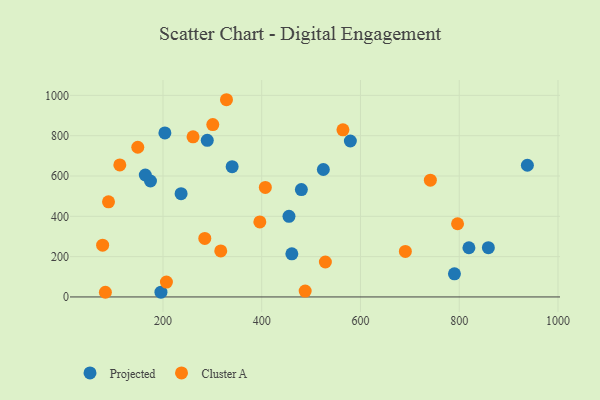
{"axis": {"x": "Ad Spend", "y": "Sales"}, "legend": ["Cluster A", "Projected"], "data": [{"x": "480.3", "y": 532.8, "type": "Projected"}, {"x": "289.7", "y": 777.2, "type": "Projected"}, {"x": "195.9", "y": 23.5, "type": "Projected"}, {"x": "340.1", "y": 646.1, "type": "Projected"}, {"x": "203.9", "y": 813.7, "type": "Projected"}, {"x": "174.7", "y": 575.2, "type": "Projected"}, {"x": "790.3", "y": 114.5, "type": "Projected"}, {"x": "461.0", "y": 214.1, "type": "Projected"}, {"x": "938.0", "y": 653.4, "type": "Projected"}, {"x": "455.2", "y": 400.0, "type": "Projected"}, {"x": "164.2", "y": 605.1, "type": "Projected"}, {"x": "819.6", "y": 244.0, "type": "Projected"}, {"x": "524.8", "y": 632.2, "type": "Projected"}, {"x": "859.0", "y": 244.6, "type": "Projected"}, {"x": "579.5", "y": 773.6, "type": "Projected"}, {"x": "236.7", "y": 512.1, "type": "Projected"}, {"x": "89.7", "y": 472.0, "type": "Cluster A"}, {"x": "328.6", "y": 978.4, "type": "Cluster A"}, {"x": "112.6", "y": 655.0, "type": "Cluster A"}, {"x": "528.9", "y": 173.3, "type": "Cluster A"}, {"x": "407.3", "y": 543.4, "type": "Cluster A"}, {"x": "207.0", "y": 73.8, "type": "Cluster A"}, {"x": "77.8", "y": 256.7, "type": "Cluster A"}, {"x": "396.2", "y": 372.2, "type": "Cluster A"}, {"x": "149.0", "y": 742.7, "type": "Cluster A"}, {"x": "564.5", "y": 829.3, "type": "Cluster A"}, {"x": "300.9", "y": 855.1, "type": "Cluster A"}, {"x": "741.5", "y": 579.5, "type": "Cluster A"}, {"x": "796.6", "y": 363.2, "type": "Cluster A"}, {"x": "317.0", "y": 228.5, "type": "Cluster A"}, {"x": "284.7", "y": 290.3, "type": "Cluster A"}, {"x": "488.0", "y": 29.1, "type": "Cluster A"}, {"x": "260.9", "y": 794.6, "type": "Cluster A"}, {"x": "83.4", "y": 23.2, "type": "Cluster A"}, {"x": "690.9", "y": 225.9, "type": "Cluster A"}]}